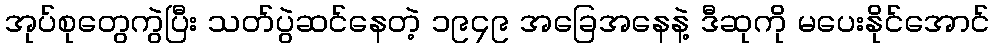
အုပ်စုတွေကွဲပြီး သတ်ပွဲဆင်နေတဲ့ ၁၉၄၉ အခြေအနေနဲ့ ဒီဆုကို မပေးနိုင်အောင်